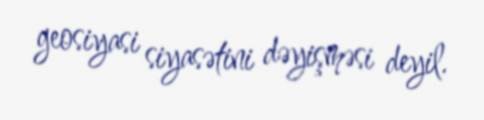
geosiyasi siyasətini dəyişməsi deyil.